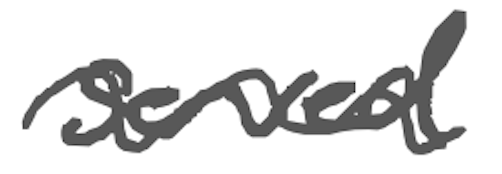
Text: served
Cross-out: wave
Writing tool: digital_gray